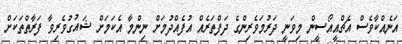
އަނެއްކާވެސް އެޗްއީއޯސީން މިވަނީ ދަރުމަވެރިންގެ ދަފްތަރެއް އުފެއްދުމަށް ނިންމާ އެކަމަށް ޝައުގުވެރިވާ ފަރާތްތަކަށް